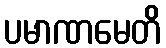
ပမာဏမေတိ